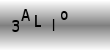
Text: 3ALIo